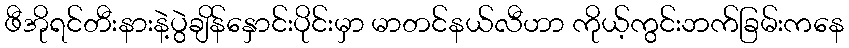
ဖီအိုရင်တီးနားနဲ့ပွဲချိန်နှောင်းပိုင်းမှာ မာတင်နယ်လီဟာ ကိုယ့်ကွင်းဘက်ခြမ်းကနေ